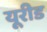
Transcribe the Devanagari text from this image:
यूरीड